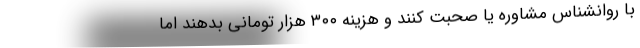
با روانشناس مشاوره یا صحبت کنند و هزینه ۳۰۰ هزار تومانی بدهند اما